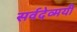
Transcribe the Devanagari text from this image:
सर्वदेव्मयी